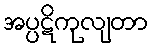
အပ္ပဋိကုလျတာ